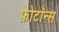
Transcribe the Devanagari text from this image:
फ़ोटॉन्स